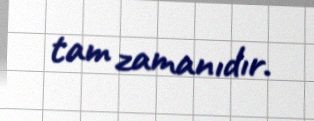
tam zamanıdır.